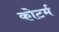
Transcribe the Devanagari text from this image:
कोटर्म